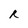
Character: R